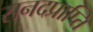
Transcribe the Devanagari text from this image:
सनदप्राप्ति